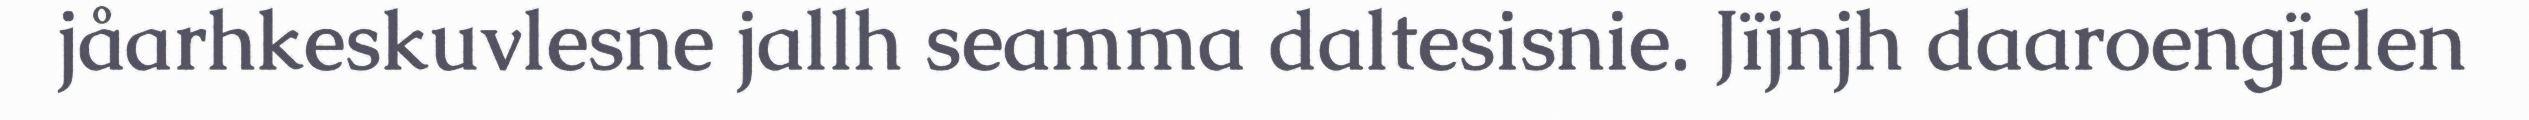
jåarhkeskuvlesne jallh seamma daltesisnie. Jïjnjh daaroengïelen